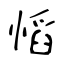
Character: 慆